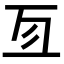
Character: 𠄣